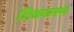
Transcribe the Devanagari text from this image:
शिवमानस